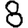
Digit: 8